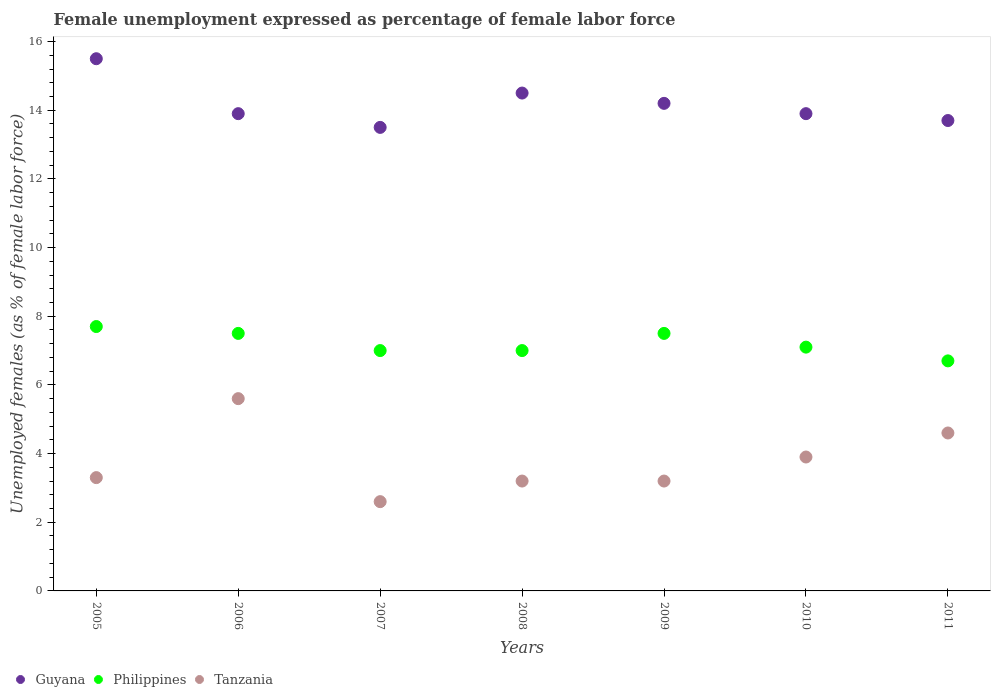
| Years | Guyana | Philippines | Tanzania |
 | --- | --- | --- | --- |
 | 2005 | 15.5 | 7.7 | 3.3 |
 | 2006 | 13.9 | 7.5 | 5.6 |
 | 2007 | 13.5 | 7 | 2.6 |
 | 2008 | 14.5 | 7 | 3.2 |
 | 2009 | 14.2 | 7.5 | 3.2 |
 | 2010 | 13.9 | 7.1 | 3.9 |
 | 2011 | 13.7 | 6.7 | 4.6 |